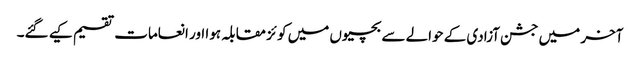
آخر میں جشن آزادی کے حوالے سے بچیوں میں کو ئز مقابلہ ہوا اور انعامات تقسیم کیے گئے۔